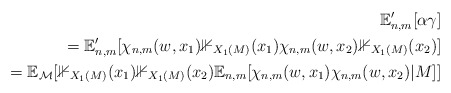
\begin{align*}\mathbb{E}_{n,m}' [\alpha \gamma]\\=\mathbb{E}_{n,m}' [ \chi_{n,m}(w,x_1) \mathbb{1}_{X_1(M)} (x_1) \chi_{n,m}(w, x_2) \mathbb{1}_{X_1(M)} (x_2) ]\\= \mathbb{E}_{\mathcal{M}} [\mathbb{1}_{X_1(M)} (x_1) \mathbb{1}_{X_1(M)}(x_2) \mathbb{E}_{n,m} [\chi_{n,m}(w, x_1) \chi_{n,m}(w, x_2) | M ]]\end{align*}